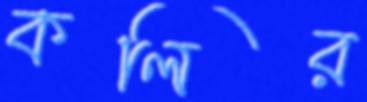
কলির